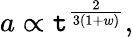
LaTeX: a\propto\mathtt{t}^{\frac{{2}}{{3(1+w)}}},